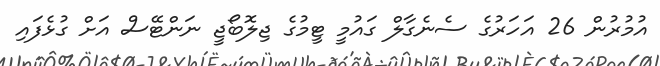
އުމުރުން 26 އަހަރުގެ ސެނެގާލް ގައުމީ ޓީމުގެ ޖިލޮބޯޖީ ނަންޓޭސް އަށް ގުޅެފައި